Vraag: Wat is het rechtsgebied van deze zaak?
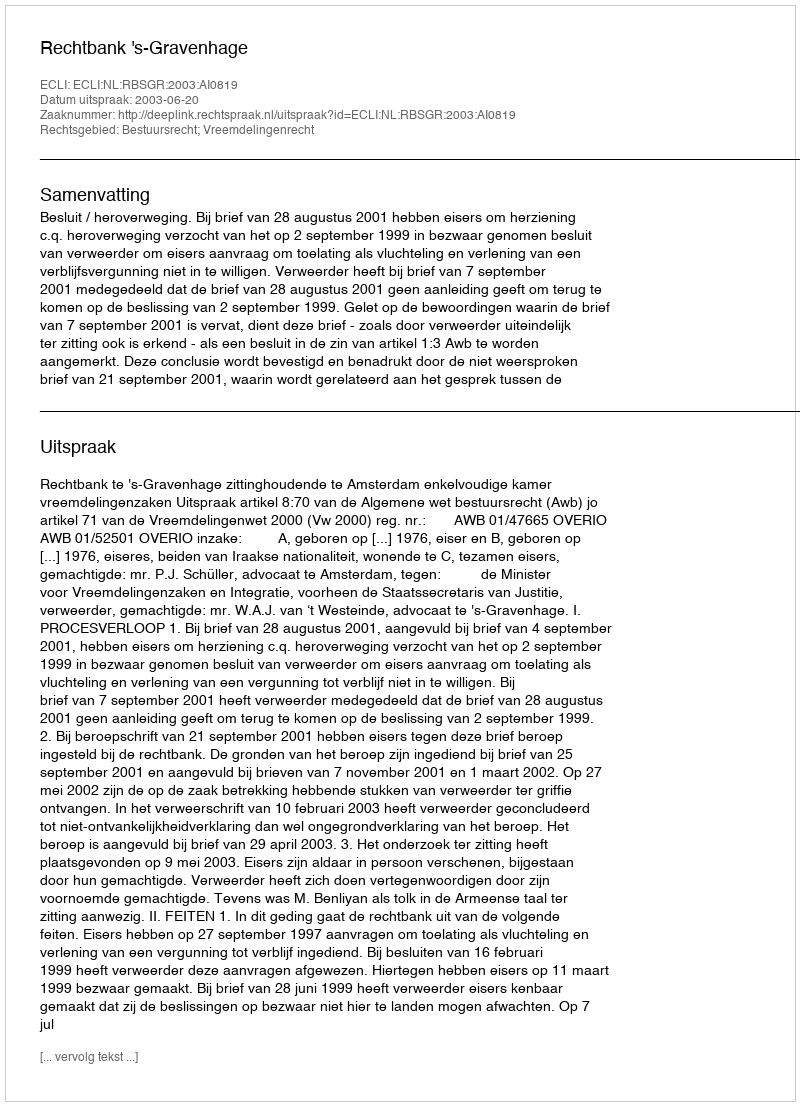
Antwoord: Bestuursrecht; Vreemdelingenrecht